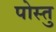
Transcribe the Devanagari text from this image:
पोस्तु